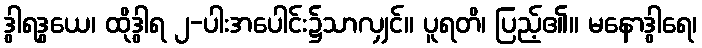
ဒွါရဒွယေ၊ ထိုဒွါရ ၂-ပါးအပေါင်း၌သာလျှင်။ ပူရတိ၊ ပြည့်၏။ မနောဒွါရေ၊